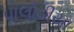
પાલોડીયા